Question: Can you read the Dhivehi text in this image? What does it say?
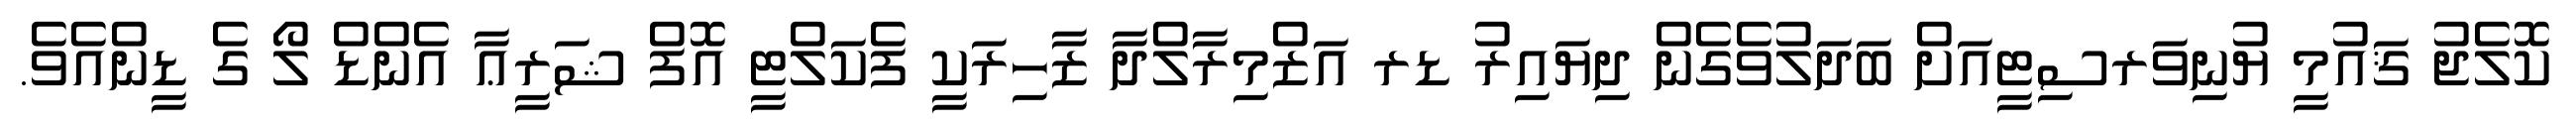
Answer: ކޮލެޖު ޤައުމީ ޔުނިވަރސިޓީއަށް ބަދަލުވެގެން ދިޔައިރު ޑރ އަޒްމިރާލްދާ ޒާހިރަކީ ފެކަލްޓީ އޮފް ޝަރީޢާ އެންޑް ލޯ ގެ ޑީންއެވެ.